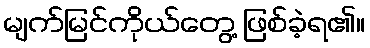
မျက်မြင်ကိုယ်တွေ့ ဖြစ်ခဲ့ရ၏။